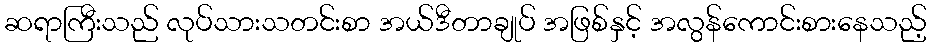
ဆရာကြီးသည် လုပ်သားသတင်းစာ အယ်ဒီတာချုပ် အဖြစ်နှင့် အလွန်ကောင်းစားနေသည့်